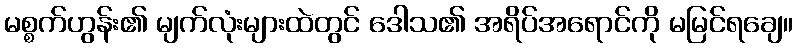
မစ္စက်ဟွန်း၏ မျက်လုံးများထဲတွင် ဒေါသ၏ အရိပ်အရောင်ကို မမြင်ရချေ။